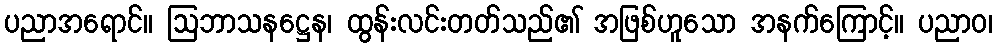
ပညာအရောင်။ ဩဘာသနဋ္ဌေန၊ ထွန်းလင်းတတ်သည်၏ အဖြစ်ဟူသော အနက်ကြောင့်။ ပညာဝ၊